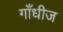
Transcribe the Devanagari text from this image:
गाँधीज